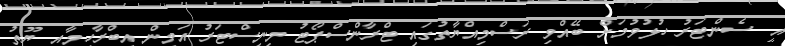
އީ ސެންޓަރު ހުޅުވުމަށް ބޭއްވި ރަސްމިއްޔާތުގައި ޓްރާންސްޕޯޓު މިނިސްޓަރު އަމީން އިބްރާހީމާއި ޔޫތު